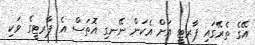
އޭގެ ތެރޭގައި ޕާރޓީ އަށް އެކަން ނޭނގި އޮތަސް އެ ޕާރޓީގެ ވަކި